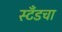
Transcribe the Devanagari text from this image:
स्टँडचा